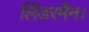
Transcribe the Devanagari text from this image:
लिंडरमैन।